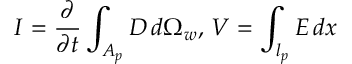
\, \, I = \frac { \partial } { \partial t } \int _ { A _ { p } } D \, d \Omega _ { w } , \, V = \int _ { l _ { p } } E \, d x